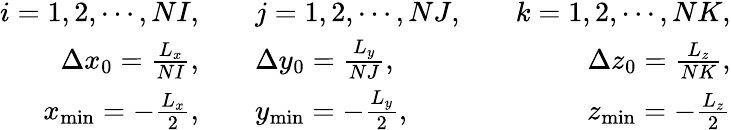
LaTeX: \begin{array}{rlr}{i=1,2,\cdots,NI,\quad}&{j=1,2,\cdots,NJ,\quad}&{k=1,2,\cdots,NK,}\\ {\Delta x_{0}=\frac{L_{x}}{NI},\quad}&{\Delta y_{0}=\frac{L_{y}}{NJ},\quad}&{\Delta z_{0}=\frac{L_{z}}{NK},}\\ {x_{\operatorname*{min}}=-\frac{L_{x}}{2},\quad}&{y_{\operatorname*{min}}=-\frac{L_{y}}{2},\quad}&{z_{\operatorname*{min}}=-\frac{L_{z}}{2}}\end{array}